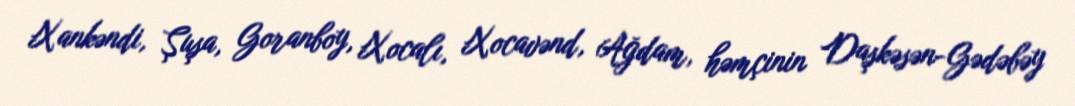
Xankəndi, Şuşa, Goranboy, Xocalı, Xocavənd, Ağdam, həmçinin Daşkəsən-Gədəbəy